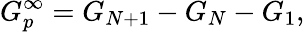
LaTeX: G_{p}^{\infty}=G_{N+1}-G_{N}-G_{1},